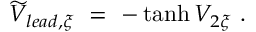
\widetilde V _ { l e a d , \xi } \ = \ - \operatorname { t a n h } V _ { 2 \xi } \ .